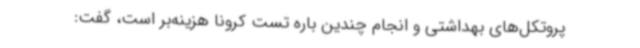
پروتکل‌های بهداشتی و انجام چندین باره تست کرونا هزینه‌بر است، گفت: